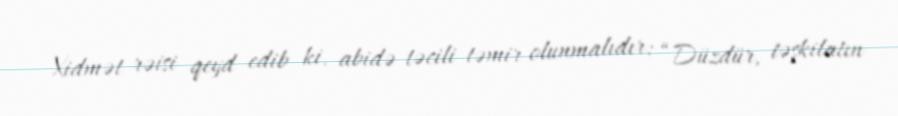
Xidmət rəisi qeyd edib ki, abidə təcili təmir olunmalıdır: “Düzdür, təşkilatın